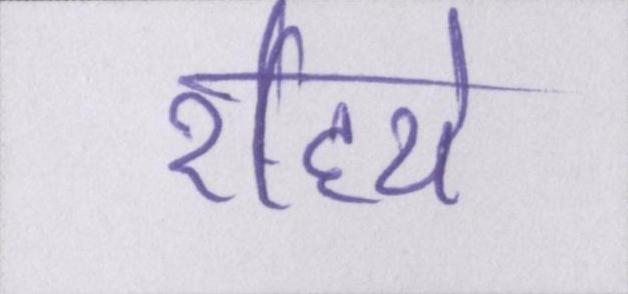
रहिये